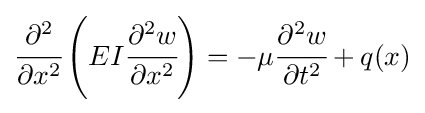
{\cfrac {\partial ^{2}}{\partial x^{2}}}\left(EI{\cfrac {\partial ^{2}w}{\partial x^{2}}}\right)=-\mu {\cfrac {\partial ^{2}w}{\partial t^{2}}}+q(x)